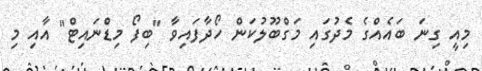
މިއީ ގިނަ ބައެއްގެ މެދުގައި މަގްބޫލުކަން ހޯދާފައިވާ "ބިފޯ މިޑްނައިޓް" އާއި މި